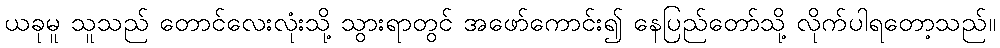
ယခုမူ သူသည် တောင်လေးလုံးသို့ သွားရာတွင် အဖော်ကောင်း၍ နေပြည်တော်သို့ လိုက်ပါရတော့သည်။